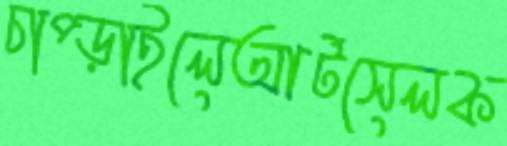
চাপ্‌ড়াইলেআর্টসেলক